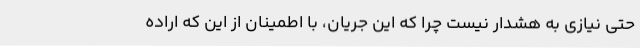
حتی نیازی به هشدار نیست چرا که این جریان، با اطمینان از این که اراده